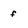
Character: f